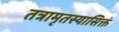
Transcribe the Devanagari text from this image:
तत्रामृतस्यासिक्तं